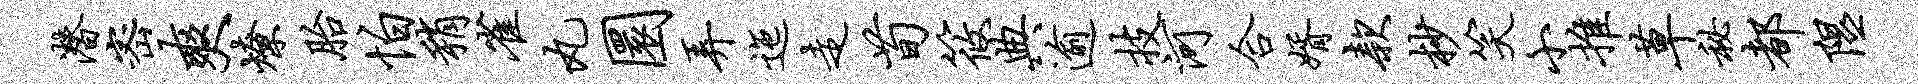
潜密爽燎胎怕稍雀丸圜弄迤走荀筱典逾技河合婿款杪笑小推草秘都隰